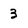
Character: 3